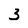
Character: 3